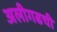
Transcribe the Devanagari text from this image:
अलीगढची